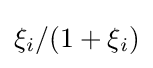
{\textstyle \xi _{i}/(1+\xi _{i})}